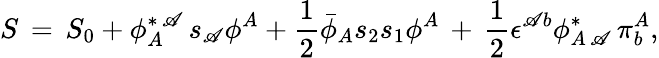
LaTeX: S\, =\, S_{0}+\phi_{A}^{\ast\, \mathscr{A}}\, s_{\mathscr{A}}\phi^{A}+{\frac{{1}}{{2}}}{\bar{{\phi}}}_{A}s_{2}s_{1}\phi^{A}\, +\, {\frac{{1}}{{2}}}\epsilon^{\mathscr{A}b}\phi_{A\, \mathscr{A}}^{\ast}\, \pi_{b}^{A},